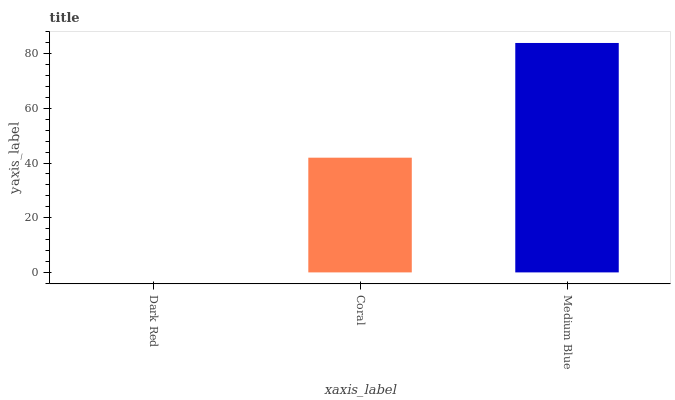
| xaxis_label | bars |
 | --- | --- |
 | Dark Red | 0 |
 | Coral | 41.9 |
 | Medium Blue | 83.9 |